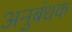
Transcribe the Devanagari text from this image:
अनुबंधक